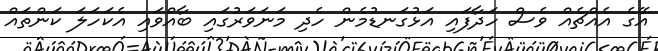
އޭގެ އެއްޗެއް ވެސް ހަދާފައި އަޅުގަނޑުމެން ހެދި މަނަވަރުގައި ބާއްވައި އެކަހަލަ ކަންތައް